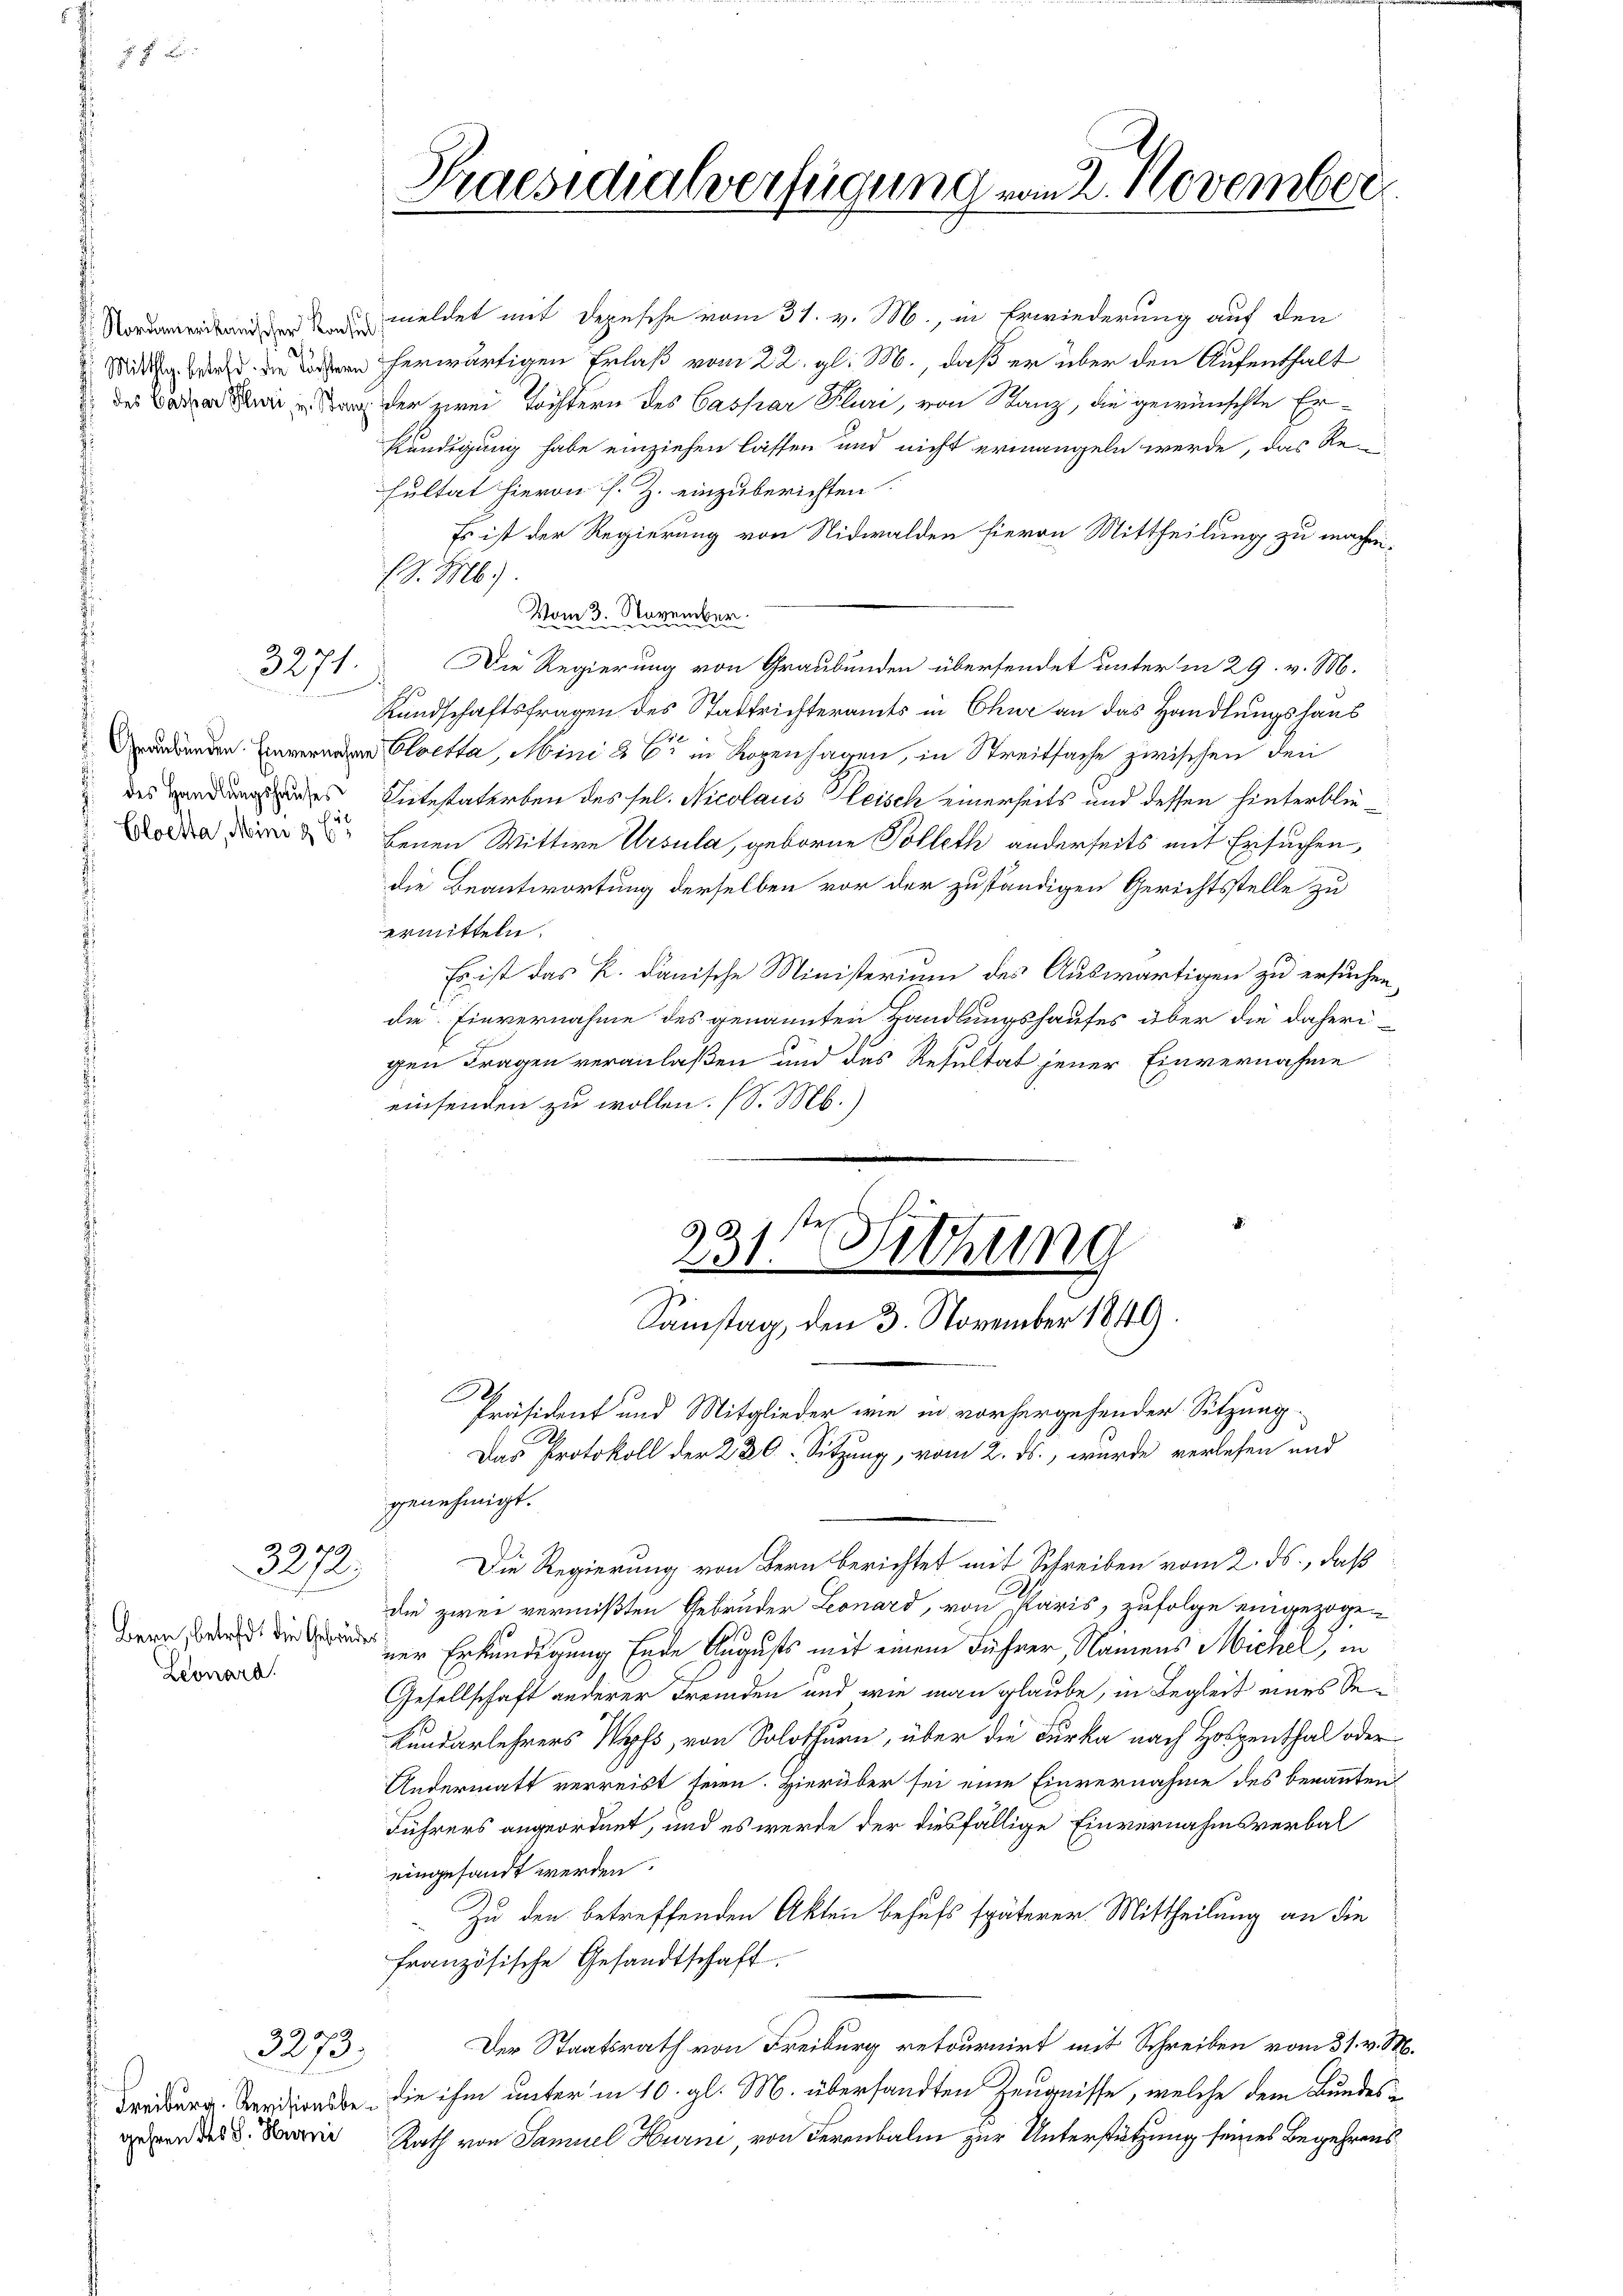
18

2

3271.

Graubünden. Einvernahm
c des Handlungshauses
Cloetta, Mini 3 E

3272

Leonard

3273.
gehren des J. Hurni

Praesidialverfügung vom 2. November.

Nordamentanen in meldet mit Depesche vom 31. v. M., in Erwiederung auf den
Mit den herwärtigen Erlaß vom 22. gl. M., daß er über den Aufenthalt
des an der zwei Töchtern des Caspar Kluri, von Stanz, die gewünschte Er¬
Kündigung habe einziehen lassen und nicht ermangeln werde, das Re-
sultat hievon s. Z. einzuberichten.
Es ist der Regierung von Nidwalden hievon Mittheilung zu machen.
N. 116
Vom 3. November.
Die Regierung von Graubünden übersendet unter in 29. v. M.
Kundschaftsfragen des Stadtrichteramts in Chur an das Handlungshaus
 Cloetta, Mini 8 C in Rogenhagen, in Streitsache zwischen den
Sitestaterben des sel. Nicolaus Fleisch einerseits und dessen hinterbliebenen Mittwe Ursula, geborne Polleth anderseits mit Ersuchen,
die Beantwortung derselben vor der zuständigen Gerichtsstelle zu
ermitteln.
Es ist das K. danische Ministerium des Auswärtigen zu ersuchen,
die Einvernahme des genannten Handlungshauses über die daherigen Fragen veranlaßen und das Resultat jener Einvernahme
einsenden zu wollen. (S. M.)
231ten Sitzung
Samstag, den 3. November 1849
A
Präsident und Mitglieder wie in vorhergehender Sitzung
Das Protokoll der 230. Sitzung, vom 2. ds., wurde verlesen und
genehmigt.
Die Regierung von Bern berichtet mit Schreiben vom 2. ds., daß
die zwei vermißten Gebrüder Leonard, von Paris, zufolge eingezoge
  die und der Erkundigung Ende Augusts mit einem Führer, Namens Michel, in
Gesellschaft anderer Fremden und wie man glaube, in Begleit eines Se¬
Kundarlehrers Wipf, von Solothurn, über die Furka nach Hospenthal oder
Andermatt verreist seien. Hierüber sei eine Einvernahme des benannten
Führers angeordnet, und es werde der diesfällige Einvernahmsverbaleingesandt werden.
Zu den betreffenden Akten behufs späterer Mittheilung an die
französische Gesandtschaft.
Der Staatsrath von Freiburg retournirt mit Schreiben vom 31. v. St.
Tredung. Verdanke, die ihm unter in 10. gl. M. übersandten Zeugnisse, welche dem Bundes¬
Rath von Samuel Hurni, von derenbalm zur Unterstützung seines Begehrens¬